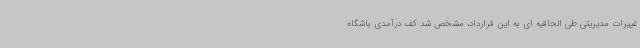
غییرات مدیریتی طی الحاقیه ای به این قرارداد، مشخص شد کف درآمدی باشگاه